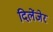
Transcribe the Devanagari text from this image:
दिलेंजेर